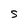
Character: S